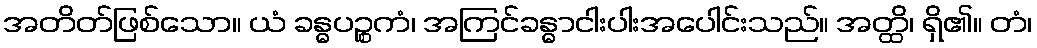
အတိတ်ဖြစ်သော။ ယံ ခန္ဓပဉ္စကံ၊ အကြင်ခန္ဓာငါးပါးအပေါင်းသည်။ အတ္ထိ၊ ရှိ၏။ တံ၊